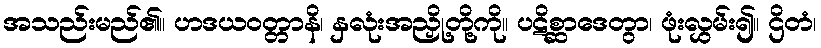
အသည်းမည်၏။ ဟဒယဝတ္တာနိ၊ နှလုံးအညှို့တို့ကို။ ပဋိစ္ဆာဒေတွာ၊ ဖုံးလွှမ်း၍။ ဌိတံ၊